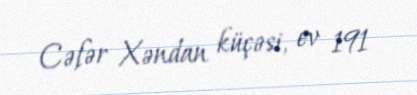
Cəfər Xəndan küçəsi, ev 191